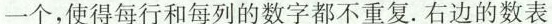
一个，使得每行和每列的数字都不重复。右边的数表